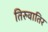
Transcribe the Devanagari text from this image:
तिरुवातिर